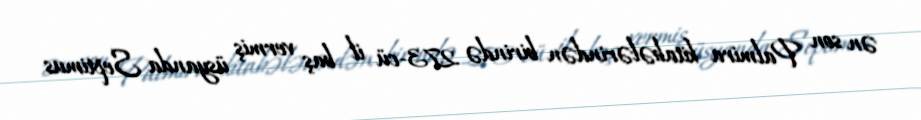
ən son Palmira kitabələrindən birində 273-cü il baş vermiş üsyanda Septimus